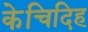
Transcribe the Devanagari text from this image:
केचिदिह